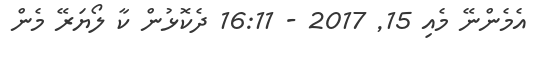
އެމެންނޭ މެއި 15